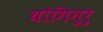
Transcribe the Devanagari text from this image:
योगिगुरु